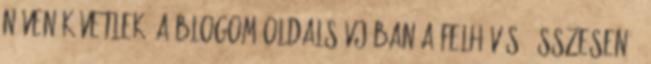
néven követlek. A blogom oldalsávjában a felhívás: Összesen 3